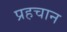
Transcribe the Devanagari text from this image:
प्रहचान